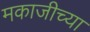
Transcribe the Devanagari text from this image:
मकाजीच्या